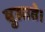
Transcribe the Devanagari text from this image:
बुलाते।